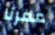
عمرنا